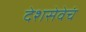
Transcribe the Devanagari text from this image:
देशसेवेचं